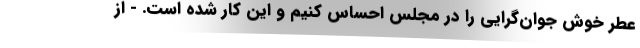
عطر خوش جوان‌گرایی را در مجلس احساس کنیم و این کار شده است. - از